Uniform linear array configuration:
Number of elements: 24
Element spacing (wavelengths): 0.5
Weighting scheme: kaiser
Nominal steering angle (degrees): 0
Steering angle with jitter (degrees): -0.9012
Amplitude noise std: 0.05
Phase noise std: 0.05

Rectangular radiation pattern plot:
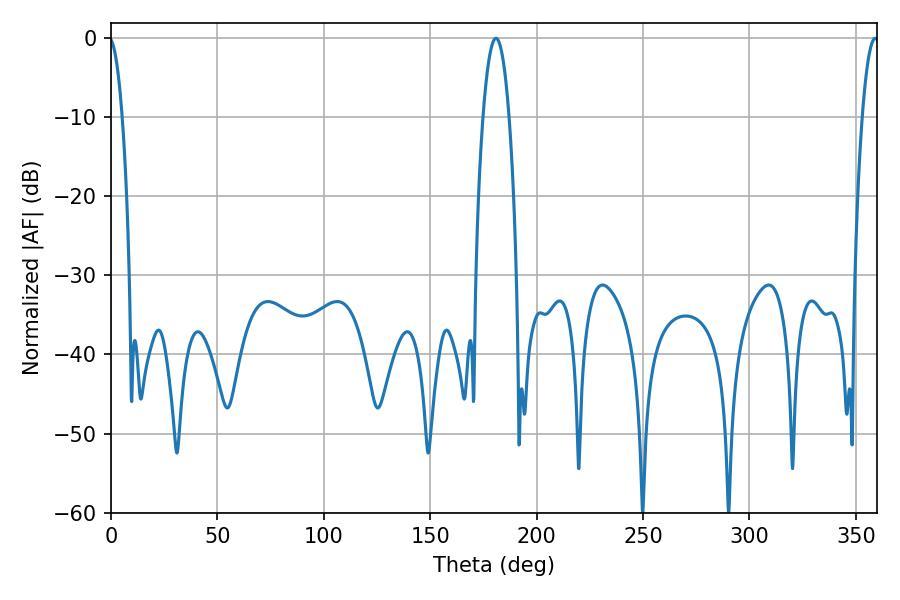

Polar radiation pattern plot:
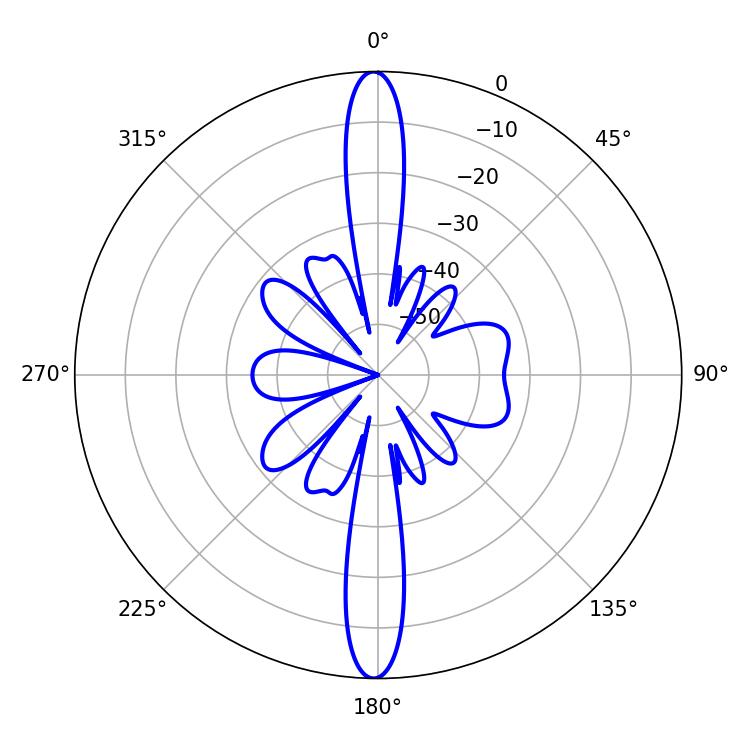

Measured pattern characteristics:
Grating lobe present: FALSE
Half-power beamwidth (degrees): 6.84
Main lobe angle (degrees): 180.9